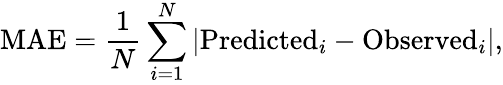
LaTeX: \mathrm{MAE}=\frac{1}{N}\sum_{i=1}^{N}|\mathrm{Predicted}_{i}-\mathrm{Observed}_{i}|,